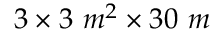
3 \times 3 ~ m ^ { 2 } \times 3 0 ~ m